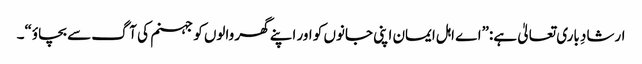
ارشادِ باری تعالیٰ ہے:”اے اہل ایمان اپنی جانوں کو اور اپنے گھر والوں کو جہنم کی آگ سے بچاؤ“۔